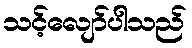
သင့်လျော်ပါသည်